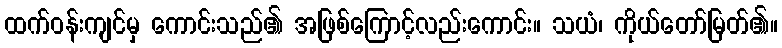
ထက်ဝန်းကျင်မှ ကောင်းသည်၏ အဖြစ်ကြောင့်လည်းကောင်း။ သယံ၊ ကိုယ်တော်မြတ်၏။